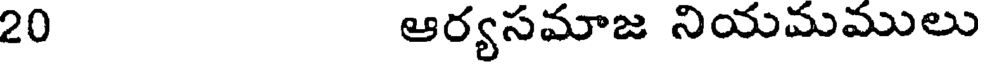
20 ఆర్యసమాజ నియమములు